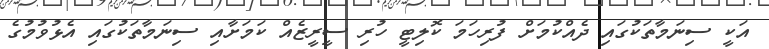
އަކީ ސިނަމާތަކުގައި ދެއްކުމަށް ފުރިހަމަ ކޮލިޓީ ހުރި ސީރީޒެއް ކަމަށާއި ސިނަމާތަކުގައި އެޅުވުމުގެ